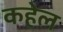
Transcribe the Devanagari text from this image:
कहेल